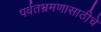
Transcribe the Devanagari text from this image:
पर्वतभ्रमणासाठीचे